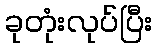
ခုတုံးလုပ်ပြီး